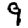
Digit: 9